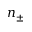
n _ { \pm }